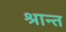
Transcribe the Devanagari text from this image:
श्रान्त